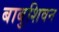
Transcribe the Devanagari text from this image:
बाबुशिवन